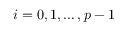
i = 0 , 1 , \ldots , p - 1